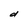
Character: d